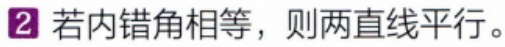
若内错角相等，则两直线平行。